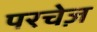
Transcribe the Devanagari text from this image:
परचेज़